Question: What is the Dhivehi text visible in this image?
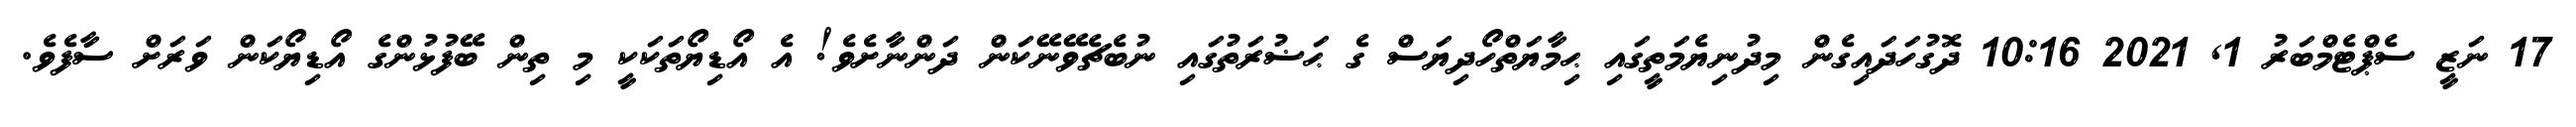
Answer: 17 ނަޒީ ސެޕްޓެމްބަރު 1, 2021 10:16 ދޮގުހަދައިގެން މިދުނިޔެމަތީގައި ޙިމާޔަތްހޯދިޔަސް ގެ ޙަޟުރަތުގައި ނުބެޗެވޭނޭކަން ދަންނާށެވެ! އެ އޯޑިޔޯތަކަކީ މި ތިން ބޭފުޅުންގެ އޯޑިޔޯކަން ވަރަށް ސާފެވެ.